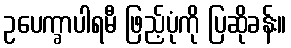
ဥပေက္ခာပါရမီ ဖြည့်ပုံကို ပြဆိုခန်း။